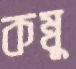
কম্বু